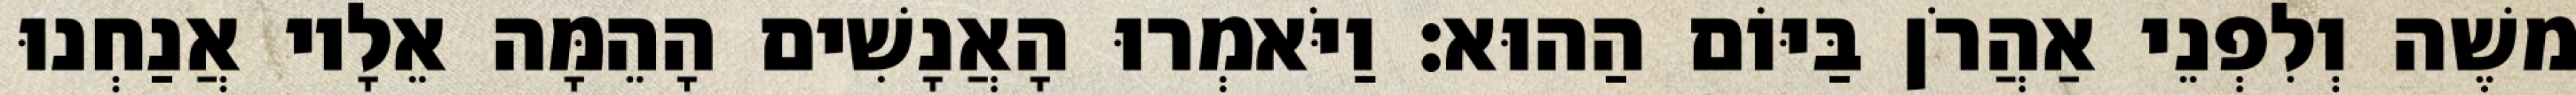
משֶׁה וְלִפְנֵי אַהֲרֹן בַּיּוֹם הַהוּא׃ וַיֹּאמְרוּ הָאֲנָשִׁים הָהֵמָּה אֵלָיו אֲנַחְנוּ